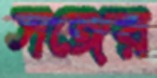
সঙ্গের